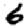
Digit: 6